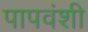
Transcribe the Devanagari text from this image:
पापवंशी